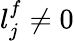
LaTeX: l_{j}^{f}\ne 0